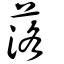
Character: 落